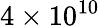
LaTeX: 4\times 10^{10}